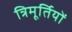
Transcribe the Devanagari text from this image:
त्रिमूर्तियों